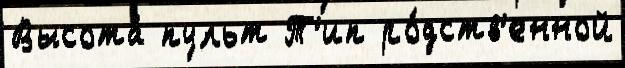
Высота́ пульт Т'ип ро́дств'енной